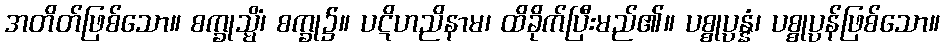
အတိတ်ဖြစ်သော။ စက္ခုသ္မိံ၊ စက္ခု၌။ ပဋိဟညိနာမ၊ ထိခိုက်ပြီးမည်၏။ ပစ္စုပ္ပန္နံ၊ ပစ္စုပ္ပန်ဖြစ်သော။